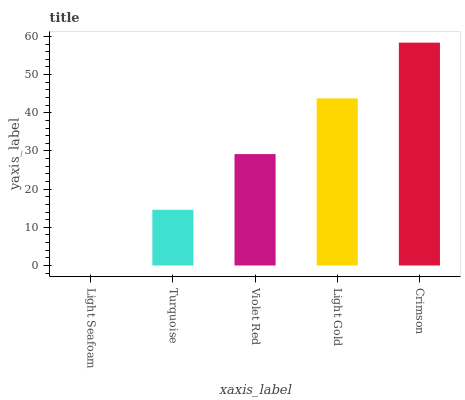
| xaxis_label | bars |
 | --- | --- |
 | Light Seafoam | 0 |
 | Turquoise | 14.6 |
 | Violet Red | 29.2 |
 | Light Gold | 43.8 |
 | Crimson | 58.4 |